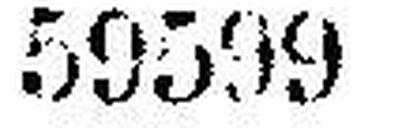
59599